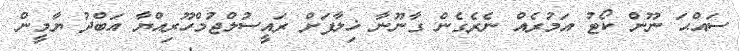
ސައްޙަ ނޫން ކޯޓު އަމުރެއް ނެރެގެން ގާނޫނާ ޚިލާފަށް ރައީސުލްޖުމްހޫރިއްޔާ އަބްދު ޔާމީން